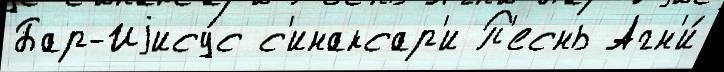
Бар-Иjису́с с'инаксар'и П'еснь Агн'и́